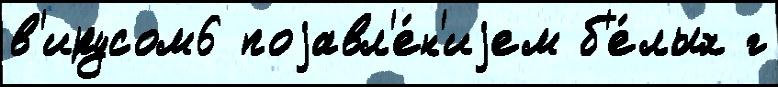
в'ирусом6 поjавл'е́н'иjем б'е́лых г